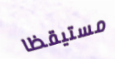
مستيقظا